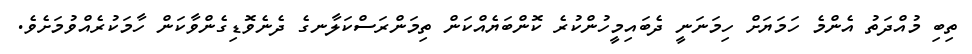
ތިބި މުއްދަތު އެންމެ ހަމަޔަށް ހިމަނަނީ ދެބައިމީހުންކުރެ ކޮންބަޔެއްކަން ތިމަންރަސްކަލާނގެ ދެނެވޮޑިގެންވާކަން ހާމަކުރެއްވުމަށެވެ.